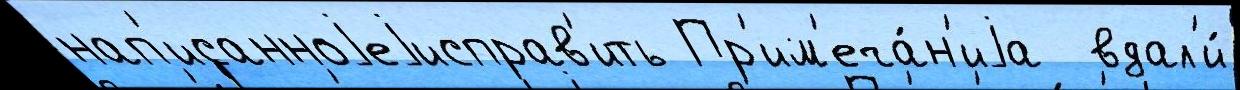
нап'исанноjеjисправ'ить Пр'им'еча́н'иjа  вдал'и́